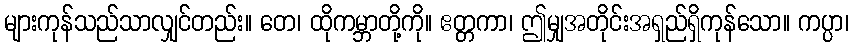
များကုန်သည်သာလျှင်တည်း။ တေ၊ ထိုကမ္ဘာတို့ကို။ ဧတ္တကာ၊ ဤမျှအတိုင်းအရှည်ရှိကုန်သော။ ကပ္ပာ၊